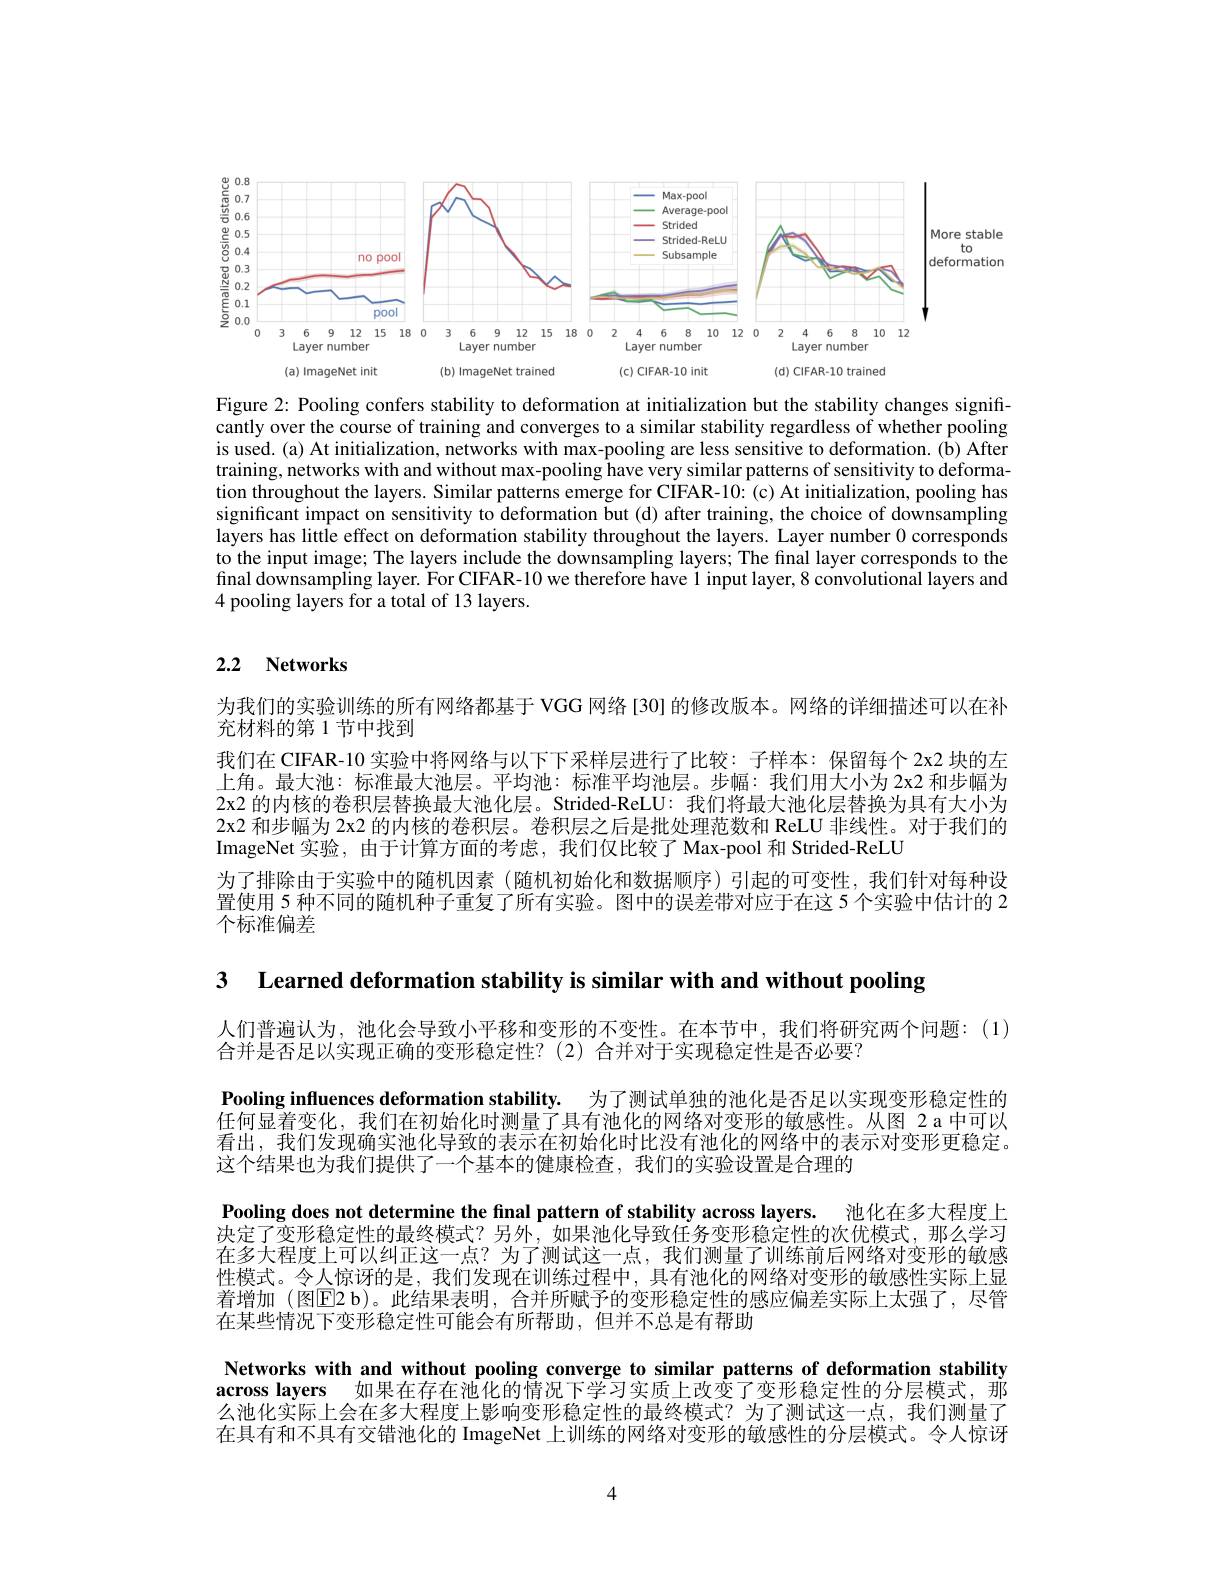
<FigureHere>

Figure 2: Pooling confers stability to deformation at initialization but the stability changes significantly over the course of training and converges to a similar stability regardless of whether pooling is used. (a) At initialization, networks with max-pooling are less sensitive to deformation. (b) After training, networks with and without max-pooling have very similar patterns of sensitivity to deformation throughout the layers. Similar patterns emerge for CIFAR-10: (c) At initialization, pooling has significant impact on sensitivity to deformation but (d) after training, the choice of downsampling layers has little effect on deformation stability throughout the layers. Layer number 0 corresponds to the input image; The layers include the downsampling layers; The final layer corresponds to the final downsampling layer. For CIFAR-10 we therefore have $i$ input layer, 8 convolutional layers and 4 pooling layers for a total of 13 layers.

## 2.2 Networks

为我们的实验训练的所有网络都基于 VGG 网络 [30] 的修改版本。网络的详细描述可以在补
充材料的第 1 节中找到
我们在 CIFAR-10 实验中将网络与以下下采样层进行了比较：子样本：保留每个 2x2 块的左上角。最大池：标准最大池层。平均池：标准平均池层。步幅：我们用大小为 2x2 和步幅为2x2 的内核的卷积层替换最大池化层。Strided-ReLU:我们将最大池化层替换为具有大小为2x2 和步幅为 2x2 的内核的卷积层。卷积层之后是批处理范数和 ReLU 非线性。对于我们的ImageNet 实验，由于计算方面的考虑，我们仅比较了Max-pool 和 Strided-ReLU
为了排除由于实验中的随机因素(随机初始化和数据顺序)引起的可变性，我们针对每种设置使用 5 种不同的随机种子重复了所有实验。图中的误差带对应于在这 5个实验中估计的 2个标准偏差

3 $\textbf{Learned deformation stability is similar with and without pooling}$

人们普遍认为，池化会导致小平移和变形的不变性。在本节中，我们将研究两个问题：(1)
合并是否足以实现正确的变形稳定性？(2)合并对于实现稳定性是否必要？
Pooling influences deformation stability. 为了测试单独的池化是否足以实现变形稳定性的任何显着变化，我们在初始化时测量了具有池化的网络对变形的敏感性。从图 2a 中可以看出，我们发现确实池化导致的表示在初始化时比没有池化的网络中的表示对变形更稳定。这个结果也为我们提供了一个基本的健康检查，我们的实验设置是合理的
Pooling does not determine the final pattern of stability across layers. 池化在多大程度上决定了变形稳定性的最终模式？另外，如果池化导致任务变形稳定性的次优模式，那么学习在多大程度上可以纠正这一点？为了测试这一点，我们测量了训练前后网络对变形的敏感性模式。令人惊讶的是，我们发现在训练过程中，具有池化的网络对变形的敏感性实际上显着增加 (图E2 b)。此结果表明，合并所赋予的变形稳定性的感应偏差实际上太强了，尽管在某些情况下变形稳定性可能会有所帮助，但并不总是有帮助
Networks with and without pooling converge to similar patterns of deformation stability across layers 如果在存在池化的情况下学习实质上改变了变形稳定性的分层模式，那么池化实际上会在多大程度上影响变形稳定性的最终模式？为了测试这一点，我们测量了在具有和不具有交错池化的 ImageNet 上训练的网络对变形的敏感性的分层模式。令人惊讶

4